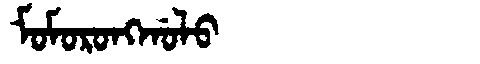
Manchu: ᠮᠣᠮᠣᡵᠣᠩᡤᠣᠯᠣ
Romanization: MOMORONGGOLO